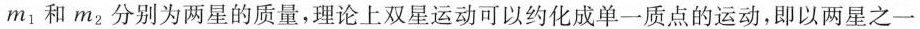
m_{1}和m_{2}分别为两星的质量，理论上双星运动可以约化成单一质点的运动，即以两星之一